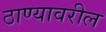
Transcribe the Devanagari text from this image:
ठाण्यावरील